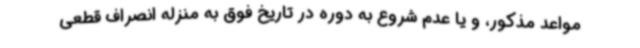
مواعد مذکور، و یا عدم شروع به دوره در تاریخ فوق به منزله انصراف قطعی